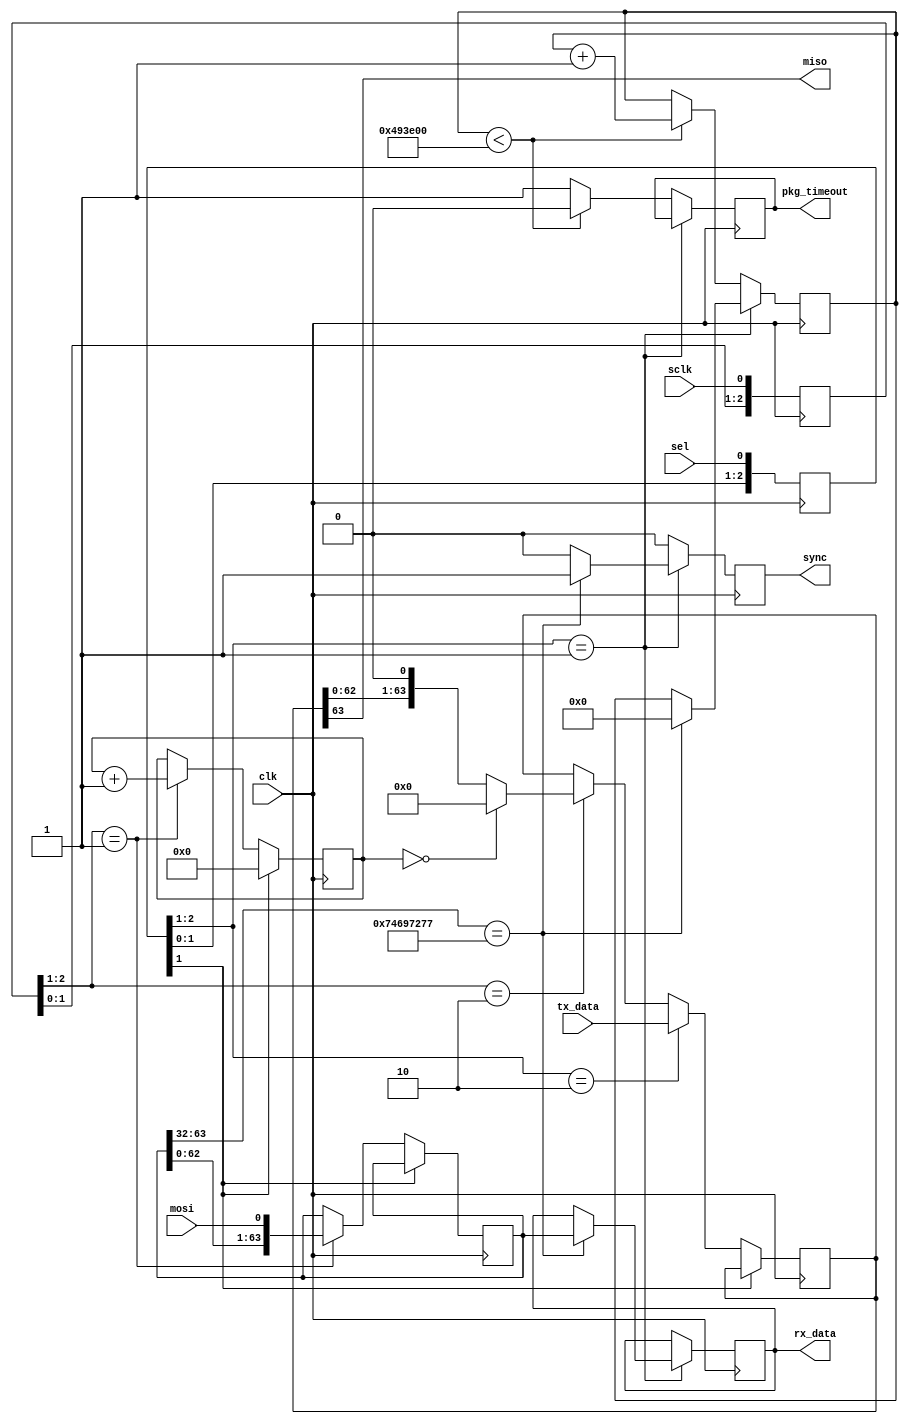

module spi
    #(parameter BUFFER_SIZE=64, parameter MSGID=32'h74697277, parameter TIMEOUT=32'd4800000)
     (
         input clk,
         input sclk,
         input sel,
         input mosi,
         input [BUFFER_SIZE-1:0] tx_data,
         output [BUFFER_SIZE-1:0] rx_data,
         output miso,
         output reg sync = 0,
         output pkg_timeout
         //output [15:0] counter
     );
    reg [31:0] timeout_counter = 0;
    //assign counter = bitcnt;
    reg[2:0] SCKr;  always @(posedge clk) SCKr <= {SCKr[1:0], sclk};
    wire SCK_risingedge = (SCKr[2:1]==2'b01);  // now we can detect SCK rising edges
    wire SCK_fallingedge = (SCKr[2:1]==2'b10);  // and falling edges
    reg[2:0] SSELr;  always @(posedge clk) SSELr <= {SSELr[1:0], sel};
    wire SSEL_active = ~SSELr[1];  // SSEL is active low
    wire SSEL_startmessage = (SSELr[2:1]==2'b10);  // message starts at falling edge
    wire SSEL_endmessage = (SSELr[2:1]==2'b01);  // message stops at rising edge
    reg[15:0] bitcnt;
    reg[BUFFER_SIZE-1:0] byte_data_received;
    reg[BUFFER_SIZE-1:0] byte_data_receive;
    reg[BUFFER_SIZE-1:0] byte_data_sent;
    reg timeout = 1;
    assign pkg_timeout = timeout;
    assign rx_data = byte_data_received;
    always @(posedge clk) begin
        if(~SSEL_active) begin
            bitcnt <= 16'd0;
        end else begin
            if(SCK_risingedge) begin
                bitcnt <= bitcnt + 16'd1;
                byte_data_receive <= {byte_data_receive[BUFFER_SIZE-2:0], mosi};
            end
        end
    end
    always @(posedge clk) begin
        sync <= 0;
        if (SSEL_endmessage) begin
            if (byte_data_receive[BUFFER_SIZE-1:BUFFER_SIZE-32] == MSGID) begin
                byte_data_received <= byte_data_receive;
                timeout_counter <= 0;
                sync <= 1;
            end
        end else if (timeout_counter < TIMEOUT) begin
            timeout_counter <= timeout_counter + 1;
            timeout <= 0;
        end else begin
            timeout <= 1;
        end
    end
    always @(posedge clk) begin
        if(SSEL_active) begin
            if(SSEL_startmessage) begin
                byte_data_sent <= tx_data;
            end else begin
                if(SCK_fallingedge) begin
                    if(bitcnt==16'd0)
                        byte_data_sent <= 0;  // after that, we send 0s
                    else
                        byte_data_sent <= {byte_data_sent[BUFFER_SIZE-2:0], 1'b0};
                end
            end
        end
    end
    assign miso = byte_data_sent[BUFFER_SIZE-1];  // send MSB first
endmodule